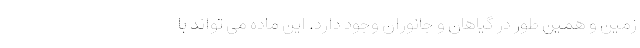
زمین و همین طور در گیاهان و جانوران وجود دارد. این ماده می تواند با